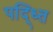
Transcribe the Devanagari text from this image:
पद्ध्ति